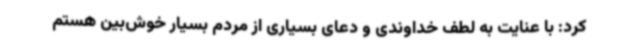
کرد: با عنایت به لطف خداوندی و دعای بسیاری از مردم بسیار خوش‌بین هستم